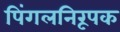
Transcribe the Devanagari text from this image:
पिंगलनिरूपक